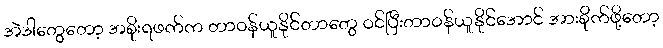
အဲဒါတွေတော့ အစိုးရဖက်က တာဝန်ယူနိုင်တာတွေ ဝင်ပြီးတာဝန်ယူနိုင်အောင် အားစိုက်ဖို့တော့